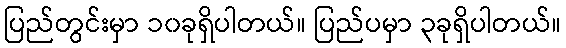
ပြည်တွင်းမှာ ၁၀ခုရှိပါတယ်။ ပြည်ပမှာ ၃ခုရှိပါတယ်။